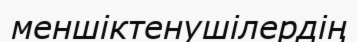
меншіктенушілердің